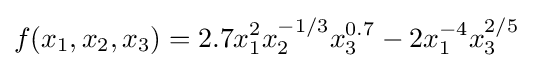
f(x_{1},x_{2},x_{3})=2.7x_{1}^{2}x_{2}^{-1/3}x_{3}^{0.7}-2x_{1}^{-4}x_{3}^{2/5}